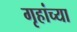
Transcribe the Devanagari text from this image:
गृहांच्या